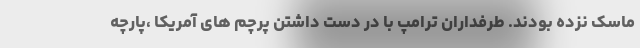
ماسک نزده بودند. طرفداران ترامپ با در دست داشتن پرچم های آمریکا ،پارچه